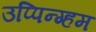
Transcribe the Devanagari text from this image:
उप्पिन्ग्हम